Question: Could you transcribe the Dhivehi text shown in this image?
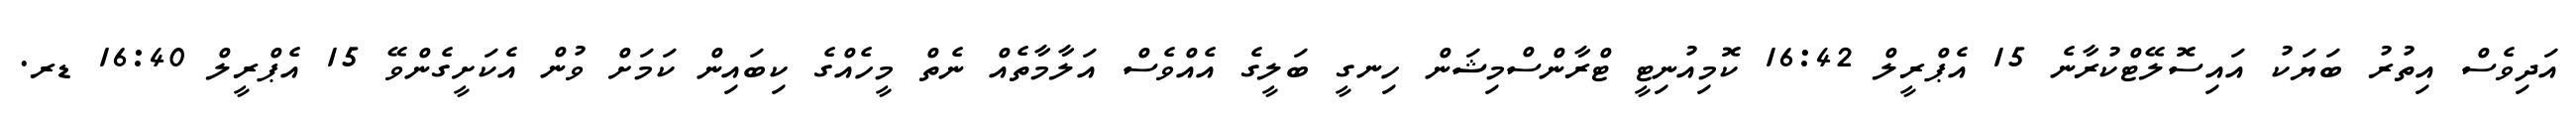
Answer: އަދިވެސް އިތުރު ބަޔަކު އައިސޮލޭޓްކުރާނެ 15 އެޕްރީލް 16:42 ކޮމިއުނިޓީ ޓްރާންސްމިޝަން ހިނގީ ބަލީގެ އެއްވެސް އަލާމާތެއް ނެތް މީހެއްގެ ކިބައިން ކަމަށް ވުން އެކަށީގެންވޭ 15 އެޕްރީލް 16:40 ޑރ.